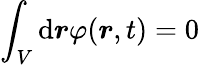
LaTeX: \int_{V}\mathrm{d}\boldsymbol{r}\varphi(\boldsymbol{r},t)=0